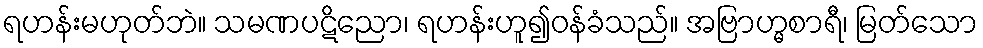
ရဟန်းမဟုတ်ဘဲ။ သမဏပဋိညော၊ ရဟန်းဟူ၍ဝန်ခံသည်။ အဗြာဟ္မစာရီ၊ မြတ်သော